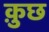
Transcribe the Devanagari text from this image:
क़ुछ